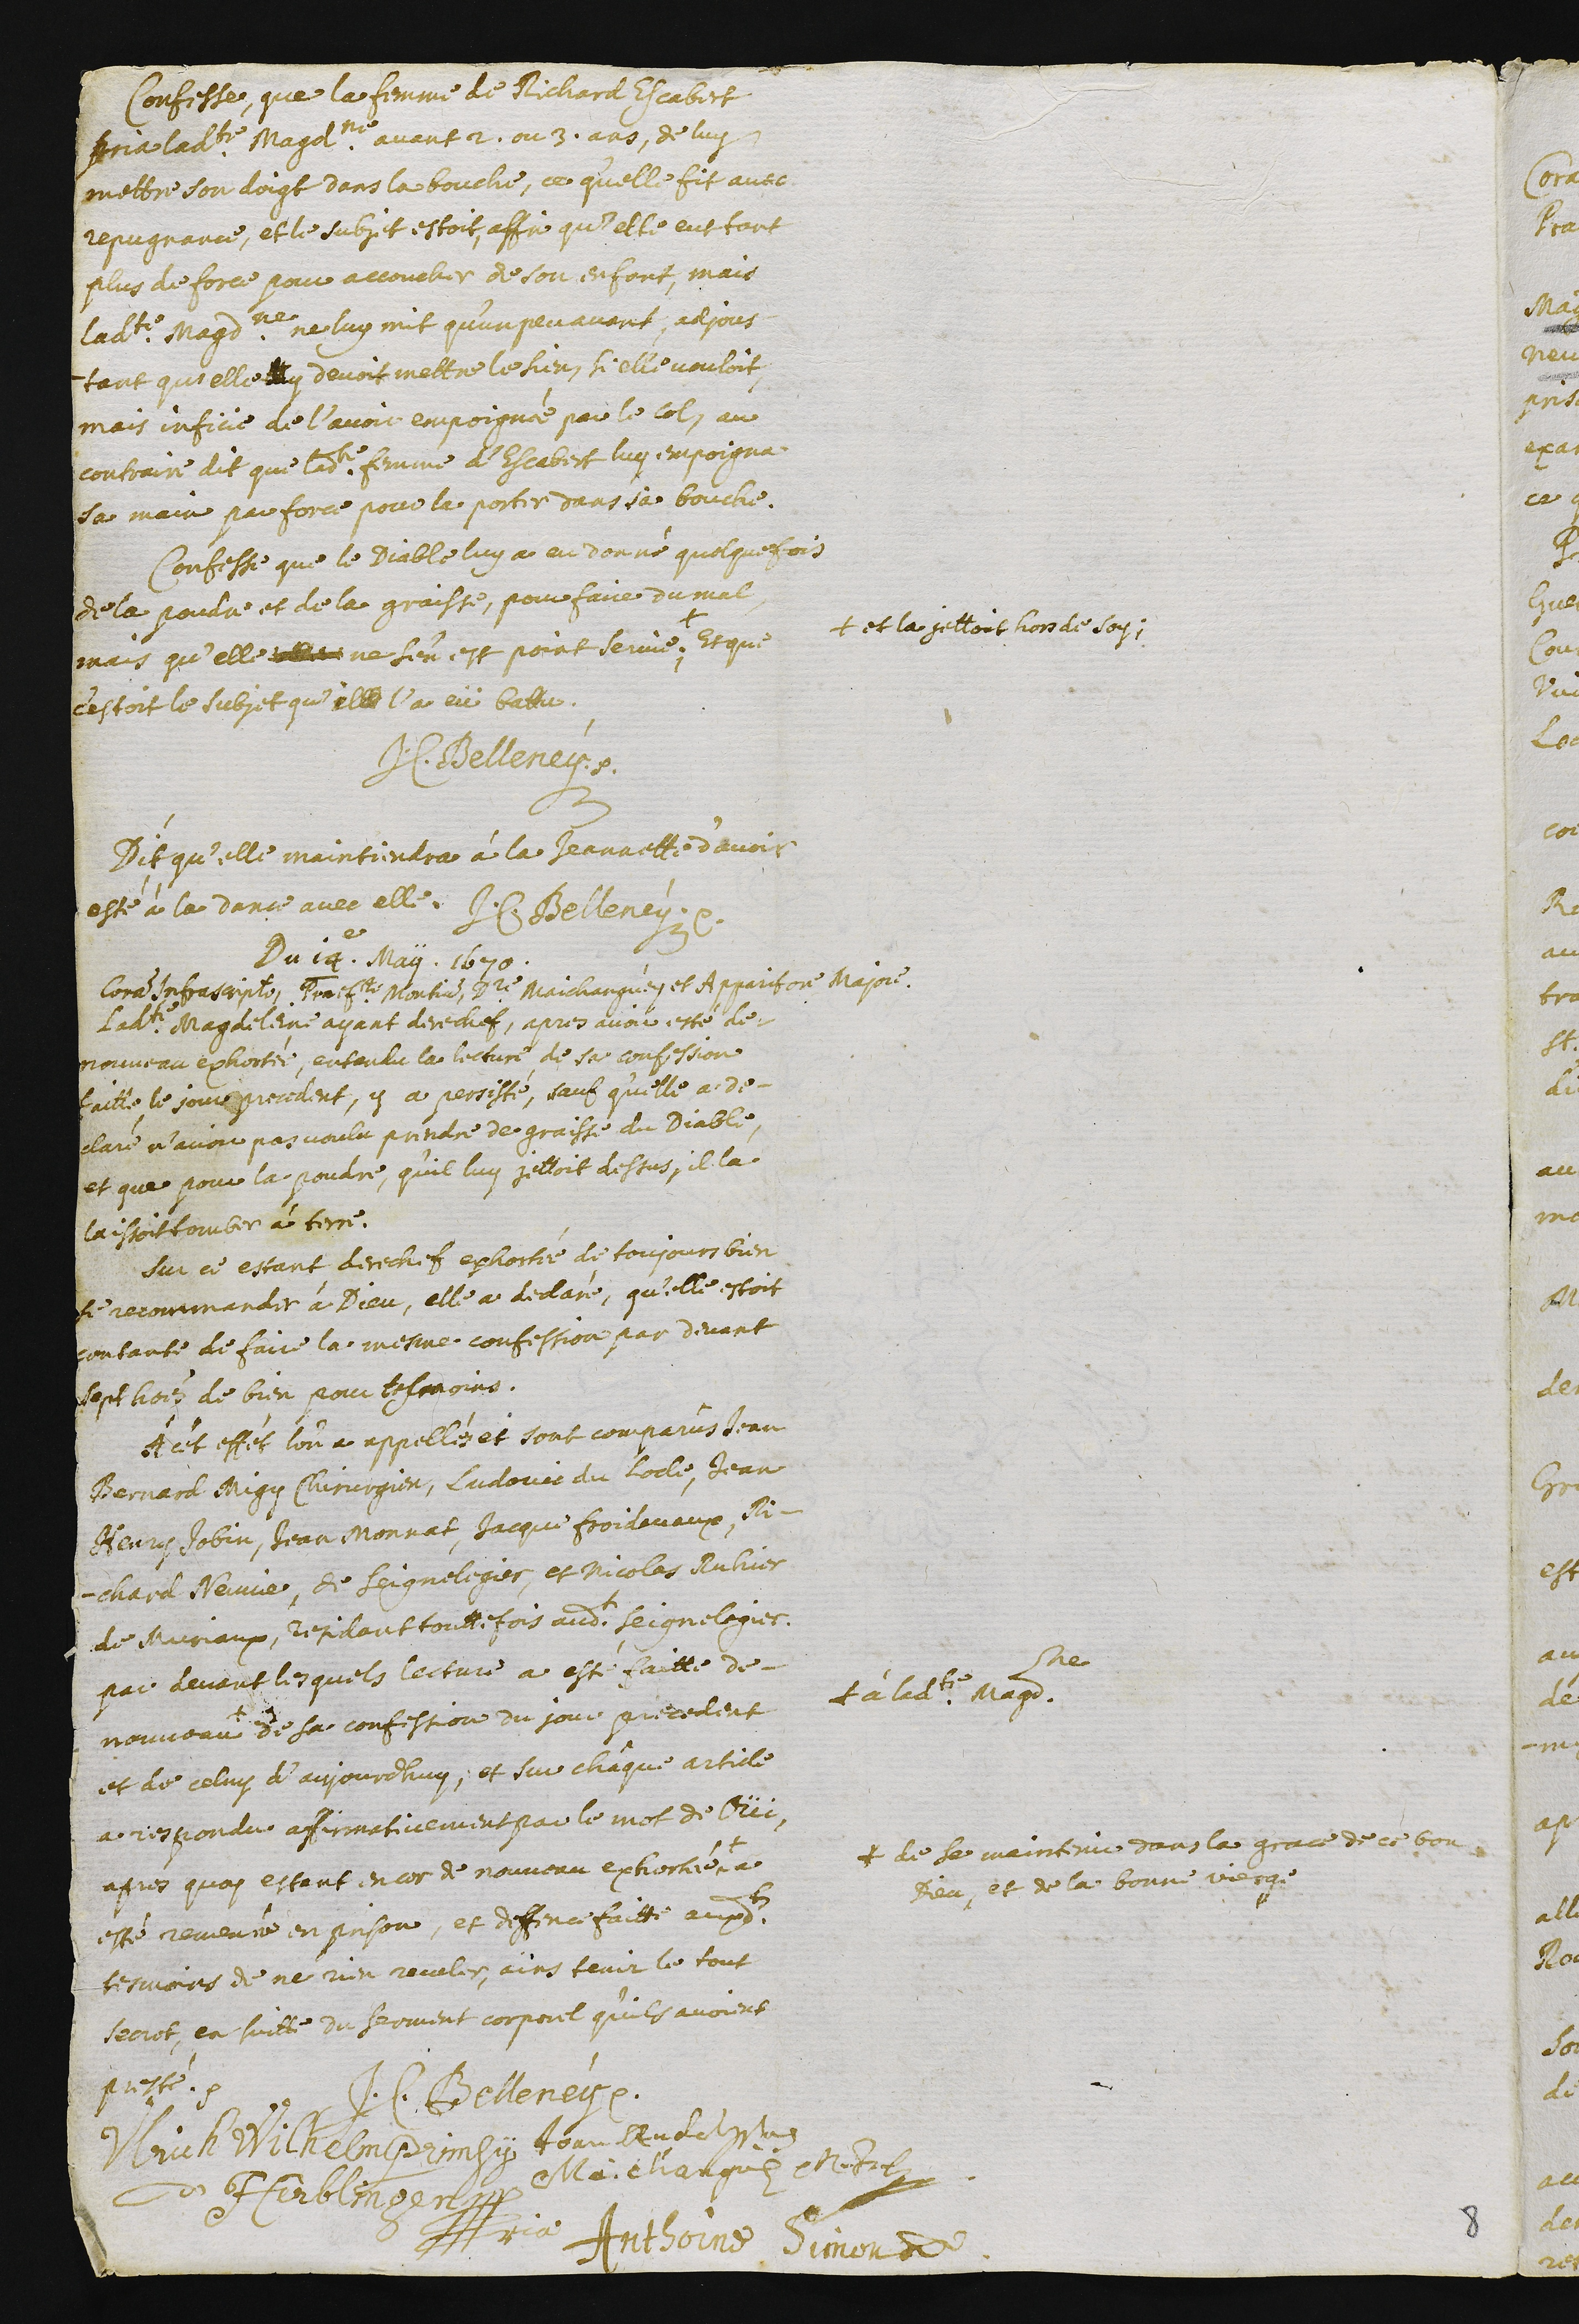
Confesse, que la femme de Richard Escabert
pria ladite Magdeleine avant 2. ou 3. ans, de luy
mettre son doigt dans la bouche, ce qu’elle fit avec
repugnance, et le subjet estoit, affin qu’elle eut fort
plus de force pour accoucher de son enfant, mais
ladite Magdeleine ne luy mit qu’un peu avant, adjous-
tant qu’elle ? y devoit mettre le sien, si elle vouloit,
mais inficie de l’avoir empoignée par le col. Au
contraire, dit que ladite femme d’Escabert luy empoigna
la main par force pour le porter dans sa bouche.
Confesse que le Diable luy a eu donné quelquefois
de la poudre et de la graisse, pour faire du mal
mais qu’elle ??? ne s’en est point servie +.
+ et la jettoit hors de soy;
Et que
c’estoit le subjet qu’il le la eü battu.
J.C. Belleney
Dit qu’elle maintiendra à la Jeannette d’avoir
esté à la dance avec elle.
J.C. Belleney
Du 14.e May. 1670.
Coram infrascripto, Praefecto Montium, Doctore Maichanguey et Apparitore Majore
Ladite Magdeleine ayant derechef, apres avoir esté de
nouveau exhortée, entendu la lecture de sa confession
faitte le jour precedent, y a pesisté, sauf qu’elle a de-
claré n’avoir pas voulu prrendre de graisse du Diable,
et que pour la poudre, qu’il luy jettoit dessus, il la
laissoit tomber à terre.
Sur ce estant derechef exhortée de toujours bien
se recommander à Dieu, elle a declaré, qu’elle estoit
contante de faire la mesme confession par devant
sept hommes de bien pour tesmoins.
À cet effet, l’on a appellés et sont comparûs Jean
Bernard Migy chirurgien, Ludovic du Locle, Jean
Henry Jobin, Jean Monnat, Jacque Froidevaux, Ri-
chard Nevie, de Saignelegier, et Nicolas Ruhier
de Muriaux, residant touttefois audit Seignelegier.
Par devant lesquels lecture a esté faitte de-
nouveau +
+ à ladite Magdeleine
de sa confession du jour precedent
et de celuy d’aujourd’huy, et sur châque article
a respondu affirmativement par le mot de Oüi,
Apres quoy estant encor de nouveau exhortée^ +
+ de se maintenir dans la grace de ce bon
Dieu, et de la bonne vierge
a
esté remenée en prison, et deffence faitte auxdits
tesmoins de ne rien reveler, aïns tenir le tout
secret, en suitte du serment corporel qu’ils avoient
presté.
J.C. Belleney
Ulrich Wilhelm Primsy
d'Herblingen
Joan Rudolphe
Maichanguey ????
??ria Anthoine Simon